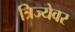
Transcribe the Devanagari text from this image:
त्रिज्येवर